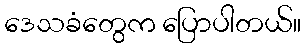
ဒေသခံတွေက ပြောပါတယ်။